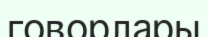
говорлары